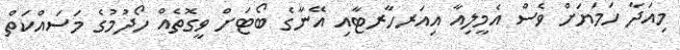
މިއަދާ ހަމަޔަށް ވެސް އެމީލިއާ އިއަރހާރޓާއި އޭނާގެ ބޯޓަށް ވީގޮތެއް ހޯދުމުގެ މަސައްކަތް